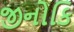
જીનોકિ